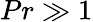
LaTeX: Pr\gg 1